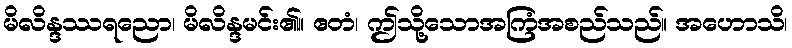
မိလိန္ဒဿရညော၊ မိလိန္ဒမင်း၏။ ဧတံ၊ ဤသို့သောအကြံအစည်သည်။ အဟောသိ၊